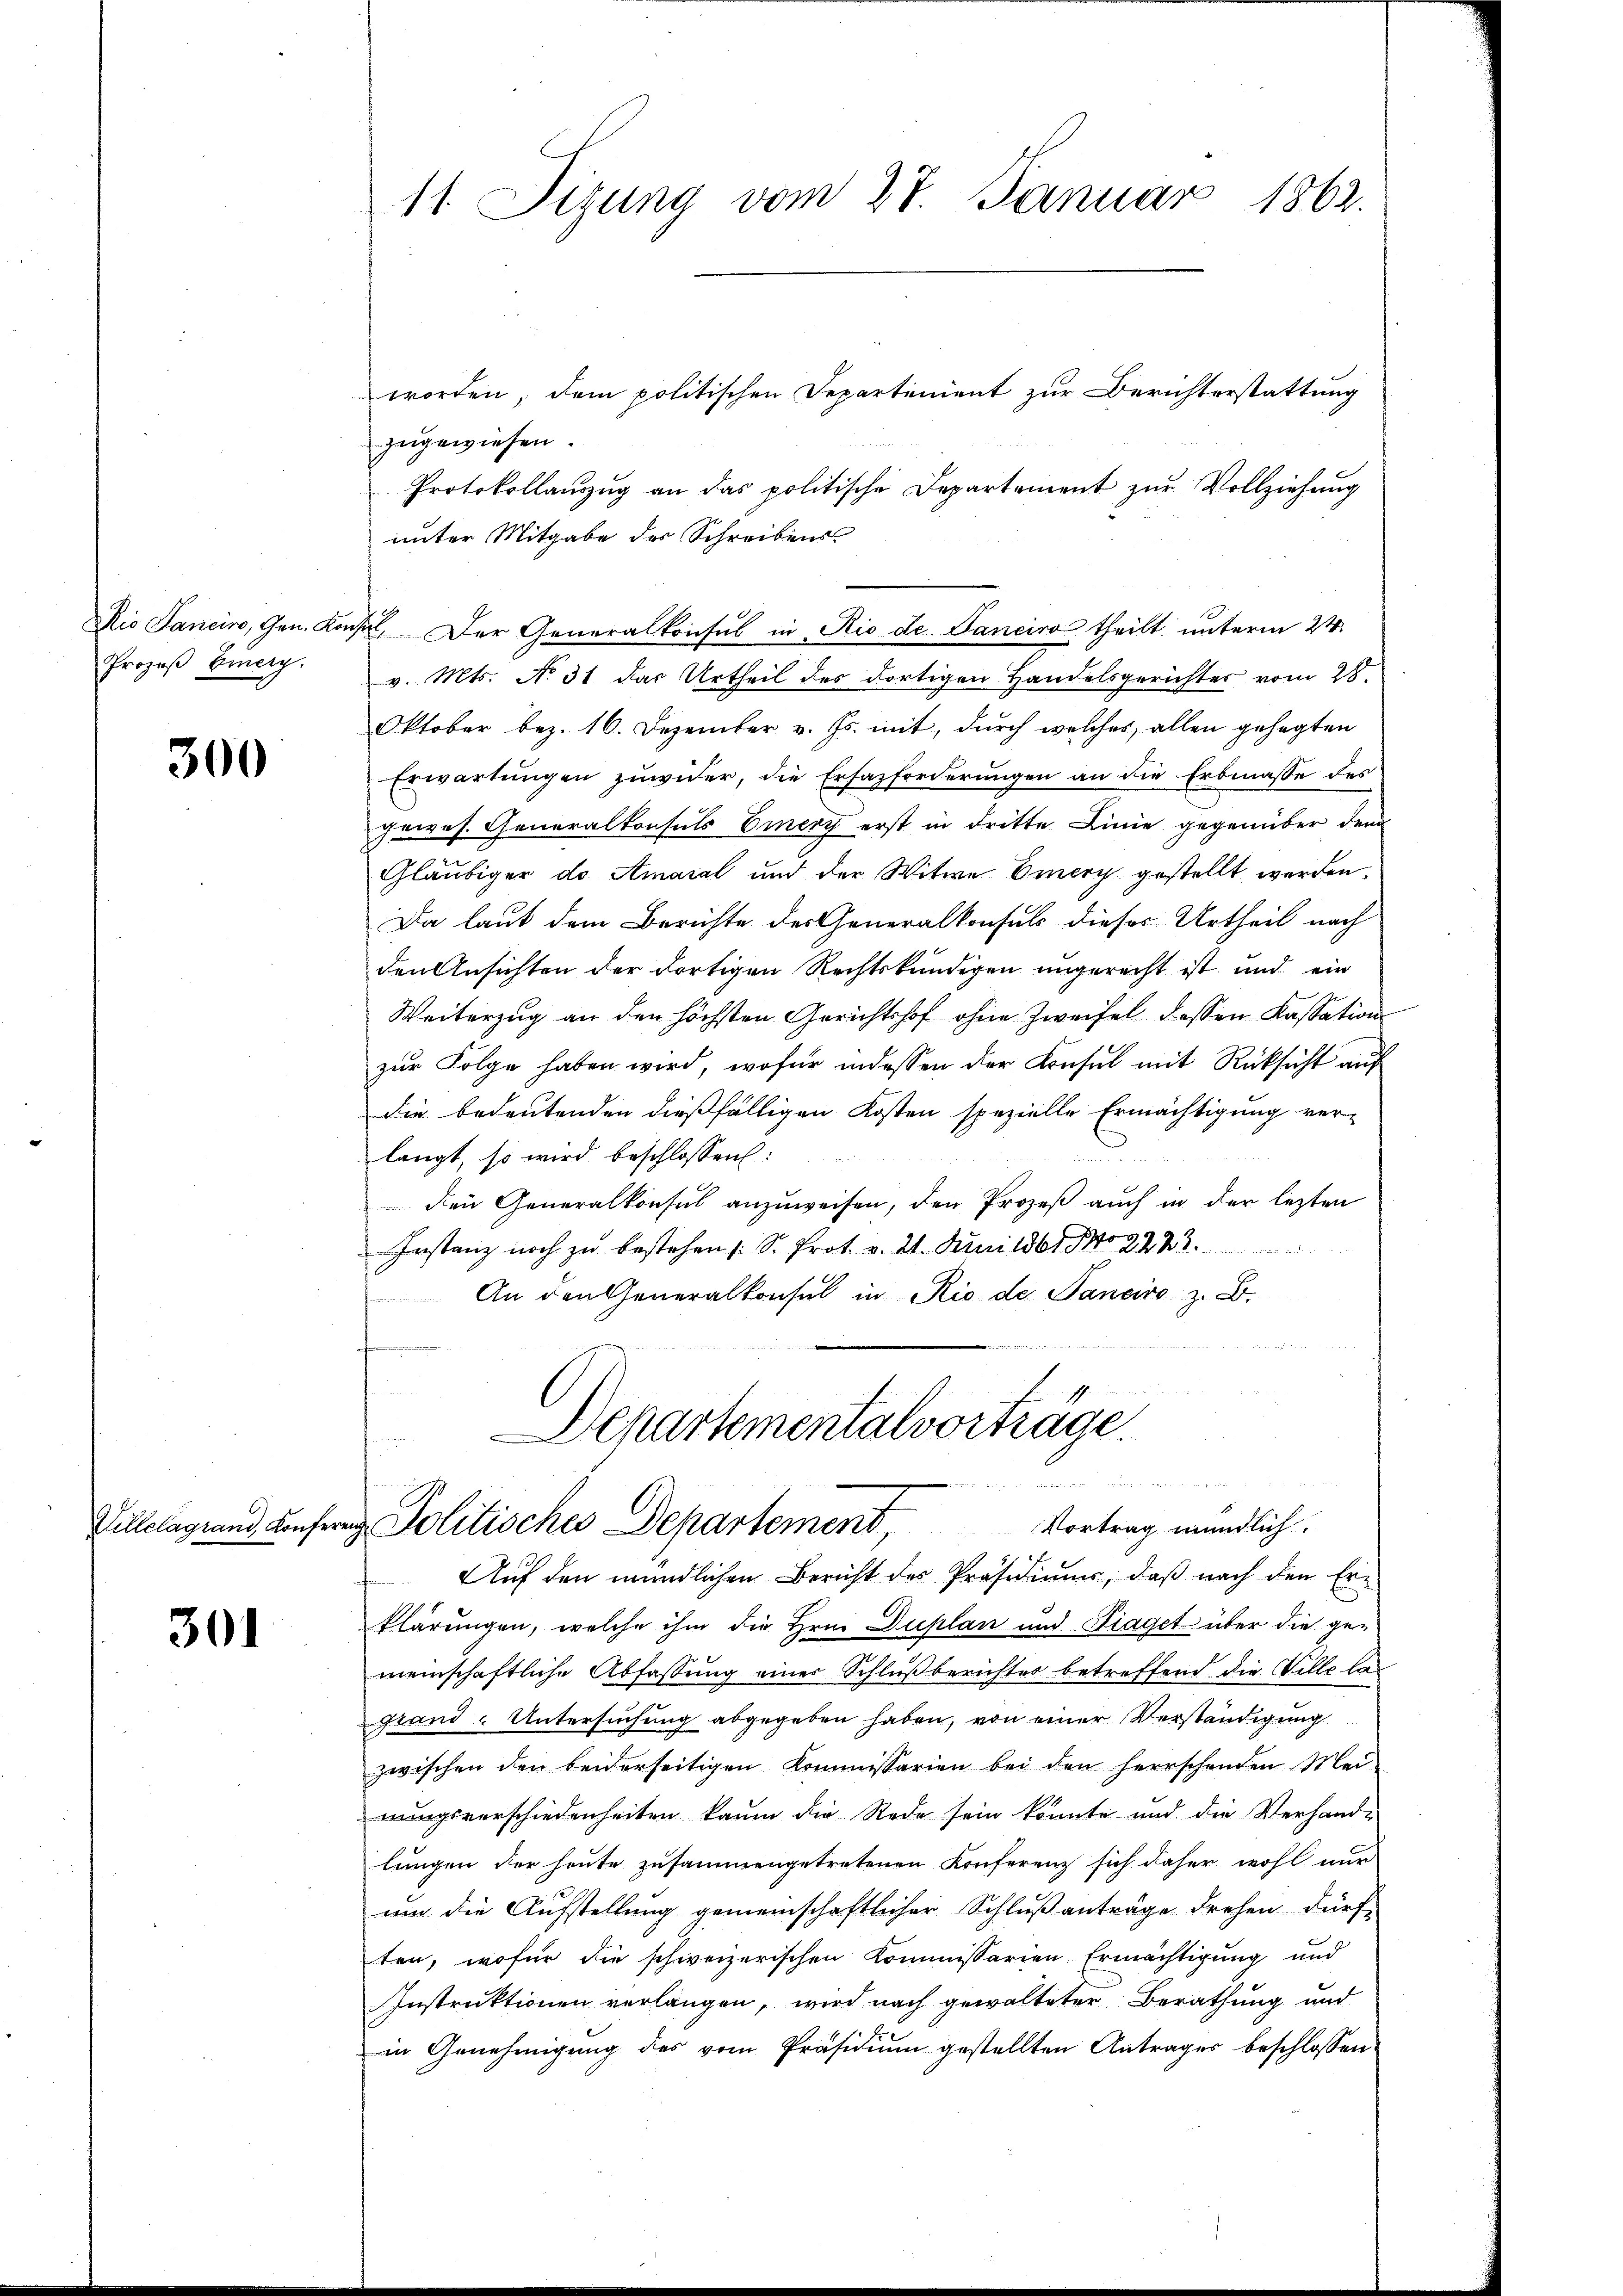
Prozeβ Einery.

300

Villelagrand, Konfer

301

11. Sizung vom 27. Januar 1863.

worden, dem politischen Departinient zur Berichterstattung
zugewiesen.
Protokollanzŭg an das politische Departement zŭr Vollziehung
unter Mitgabe des Schreibens-
Kio Sancino, Gen. Konsul, Der Generalkonsul in Rio de Janeiro theilt unterm 24.
v. Mts. No 31 das Urtheil des dortigen Handelsgerichtes vom 28.
Oktober bez. 16. Dezember v. Js. mit, dŭrch welches, allen gesagten
Erwartungen zuwider, die Erfazforderungen an die Erbmasse des
perros. Generalkonsuls Eiery erst in dritte Linie gegenüber den
Gläubiger do Amaral und der Witwe Emery gestellt werden.
Da laut dem Berichte des Generalkonsuls dieses Urtheil nach
den Ansichten der dortigen Rechtskundigen ungerecht ist und ein
Weiterzug an den höchsten Gerichtshof ohne Zweifel dessen Kassation
zur Folge haben wird, wofür indessen der Konsul mit Rücksicht auf
die bedeutenden dießfälligen Kosten spezielle Ermächtigung ver-
langt, so wird beschlossen:
den Generalkonsul anzuweisen, den Prozeß auch in der lezten
Instanz noch zu bestehen (S. Prot. v. 21. Juni 1861 No 2223.
An den Generalkonsul in Rio de Tanciro z. B.
 unzu

d

Departementalvorträge.
 . sie sie dieser Sachen den
re Politisches Departement Vortrag mündlich.

Aŭf den mündlichen Bericht des Präsidiums, daß nach den Er-
klärungen, welche ihm die Hrn. Duplan und Piaget über die gemeinschaftliche Abfassung einer Schlußberichtes betreffend die Ville la
Grand - Untersuchung abgegeben haben, von einer Verständigung
zwischen den beiderseitigen Kommissarien bei den herrschenden Mei-
nungsverschiedenheiten kaum die Rede sein konnte und die Verhand-
lungen der heute zusammengetretenen Konferenz sich daher wohl nur
um die Aufstellung gemeinschaftlicher Schlußanträge drehen dürf-
ten, wofür die schweizerischen Kommissarien Ermächtigung und
Instruktionen verlangen, wird nach gewalteter Berathung und
in Genehmigung des vom Präsidium gestellten Antrages beschlossen: